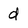
Character: d